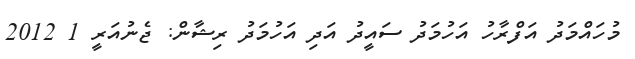
މުހައްމަދު އަފްރާހު އަހުމަދު ސައީދު އަދި އަހުމަދު ރިޝާން: ޖެނުއަރީ 1 2012